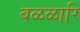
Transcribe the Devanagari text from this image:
बळळारि